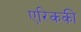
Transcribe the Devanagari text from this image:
एरिककी